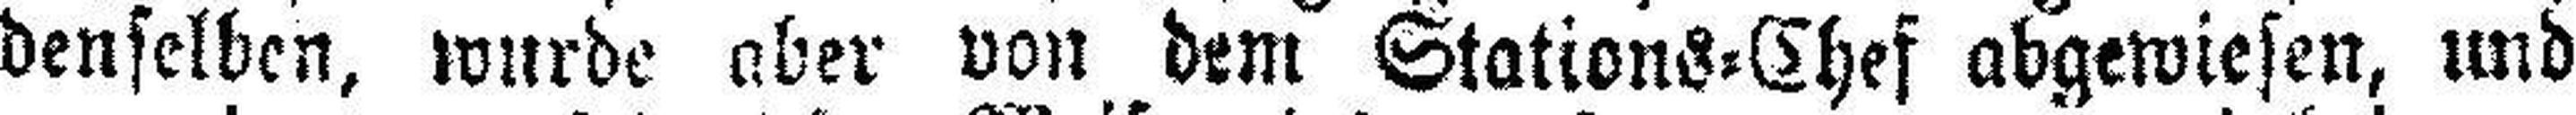
denselben, wurde aber von dem Stations=Chef abgewiesen, und